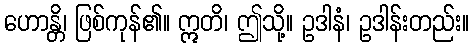
ဟောန္တိ၊ ဖြစ်ကုန်၏။ ဣတိ၊ ဤသို့။ ဥဒါနံ၊ ဥဒါန်းတည်း။